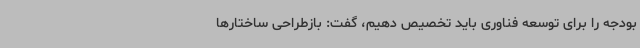
بودجه را برای توسعه فناوری باید تخصیص دهیم، گفت: بازطراحی ساختارها